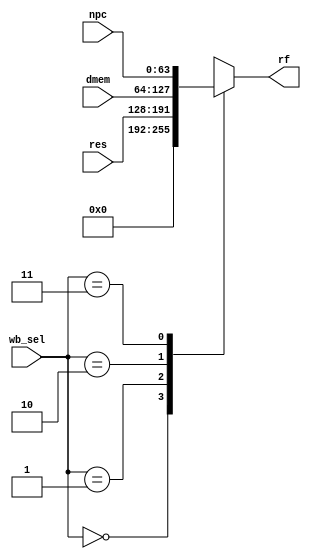
`timescale 1ns / 1ps

module WB_MUX(
    input [1:0] wb_sel,
    input [63:0] npc,
    input [63:0] dmem,
    input [63:0] res,

    output reg [63:0] rf
);

always@(*) begin
    case(wb_sel) 
       2'b00: rf = 0;
       2'b01: rf = res;
       2'b10: rf = dmem;
       2'b11: rf = npc;
    endcase
end
endmodule